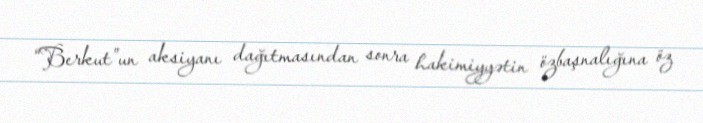
“Berkut”un aksiyanı dağıtmasından sonra hakimiyyətin özbaşnalığına öz